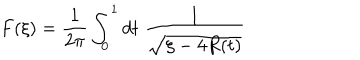
LaTeX: F ( \xi ) = \frac { 1 } { 2 \pi } \int _ { 0 } ^ { 1 } d t \; \frac { 1 } { \sqrt { \xi - 4 R ( t ) } }